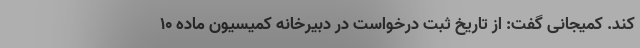
کند. کمیجانی گفت: از تاریخ ثبت درخواست در دبیرخانه کمیسیون ماده 10